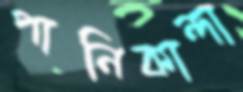
পানিকান্দা